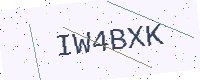
Text: IW4BXK